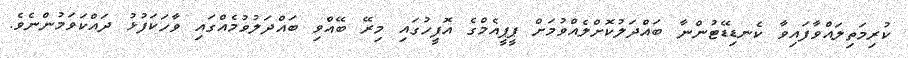
ކުރިމަތިލައްވާފައިވާ ކެނޑިޑޭޓުންނާ ބައްދަލުކޮށްލެއްވުމަށް ޕީޕީއެމްގެ އޮފީހުގައި މިރޭ ބޭއްވި ބައްދަލުވުމެއްގައި ވާހަކަފުޅު ދައްކަވަމުންނެވެ.